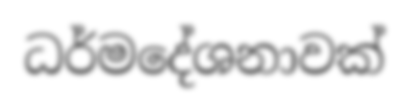
ධර්මදේශනාවක්